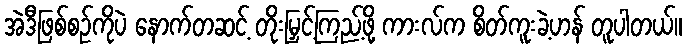
အဲဒီဖြစ်စဉ်ကိုပဲ နောက်တဆင့် တိုးမြှင့်ကြည့်ဖို့ ကားလ်က စိတ်ကူးခဲ့ဟန် တူပါတယ်။